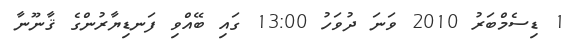
1 ޑިސެމްބަރު 2010 ވަނަ ދުވަހު 13:00 ގައި ބޭއްވި ފަނޑިޔާރުންގެ ޤާނޫނާ